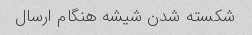
شکسته شدن شیشه هنگام ارسال